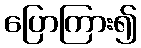
ပြောကြား၍